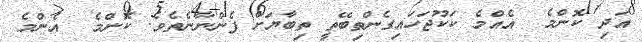
އަދި ކޮންމެ  އެއްމެ ކަކޫޖަހައިގެންތިބޭތީ ތިބާޔަށް ފެންނާނެތެވެ. ކޮންމެ  އެންމެ